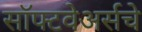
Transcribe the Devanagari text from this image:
सॉफ्टवेअर्सचे